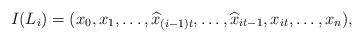
LaTeX: \begin{align*}I(L_i) = (x_0,x_1,\ldots,\widehat x_{(i-1)t},\ldots,\widehat x_{it-1},x_{it},\ldots,x_n),\end{align*}